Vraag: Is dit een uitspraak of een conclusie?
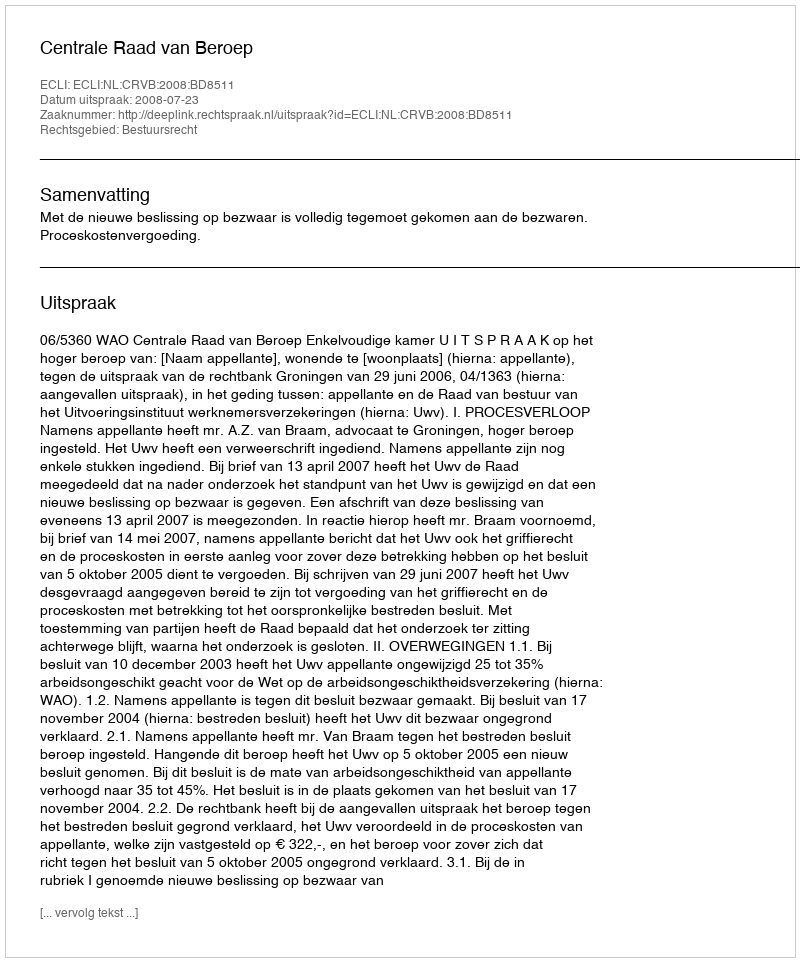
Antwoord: Uitspraak